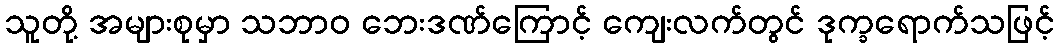
သူတို့ အများစုမှာ သဘာဝ ဘေးဒဏ်ကြောင့် ကျေးလက်တွင် ဒုက္ခရောက်သဖြင့်